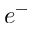
e ^ { - }